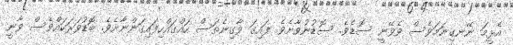
އެޅީމަ ނޭނގިނަމަވެސް ވެވޭނީ ސޮޑެވެ. ސޮޑުނުވާށެވެ. ފައިގަ ވާގިނެތަސް ހައްގައްހިފައިގަންނާށެވެ. ބޮޑުވަރަކައްވެސް ވާނީ